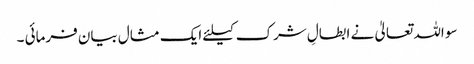
سو اللہ تعالیٰ نے ابطالِ شرک کیلئے ایک مثال بیان فرمائی ۔